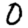
Digit: 0